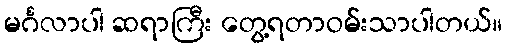
မင်္ဂလာပါ ဆရာကြီး တွေ့ရတာဝမ်းသာပါတယ်။